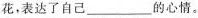
花，表达了自己___的心情。